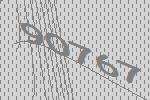
90767